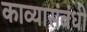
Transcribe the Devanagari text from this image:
काव्यासंबंधी